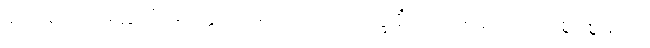
ဆိုသည်၊] မေတ္တိယံ၊ မေတ္တိယာမည်သော။ ဘိက္ခုနိံ၊ ကို။ [အရှင်ဒဗ္ဗကို စွပ်စွဲသော